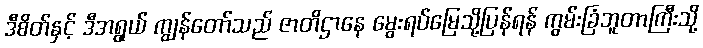
ဒီစိတ်နှင့် ဒီအရွယ် ကျွန်တော်သည် ဇာတိဌာနေ မွေးရပ်မြေသို့ပြန်ရန် ကွမ်းခြံဘူတာကြီးသို့